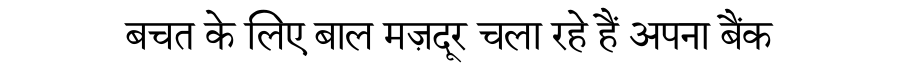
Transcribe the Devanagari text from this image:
बचत के लिए बाल मज़दूर चला रहे हैं अपना बैंक